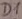
Text: D1